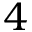
4